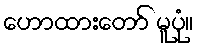
ဟောထားတော် မူပုံ။